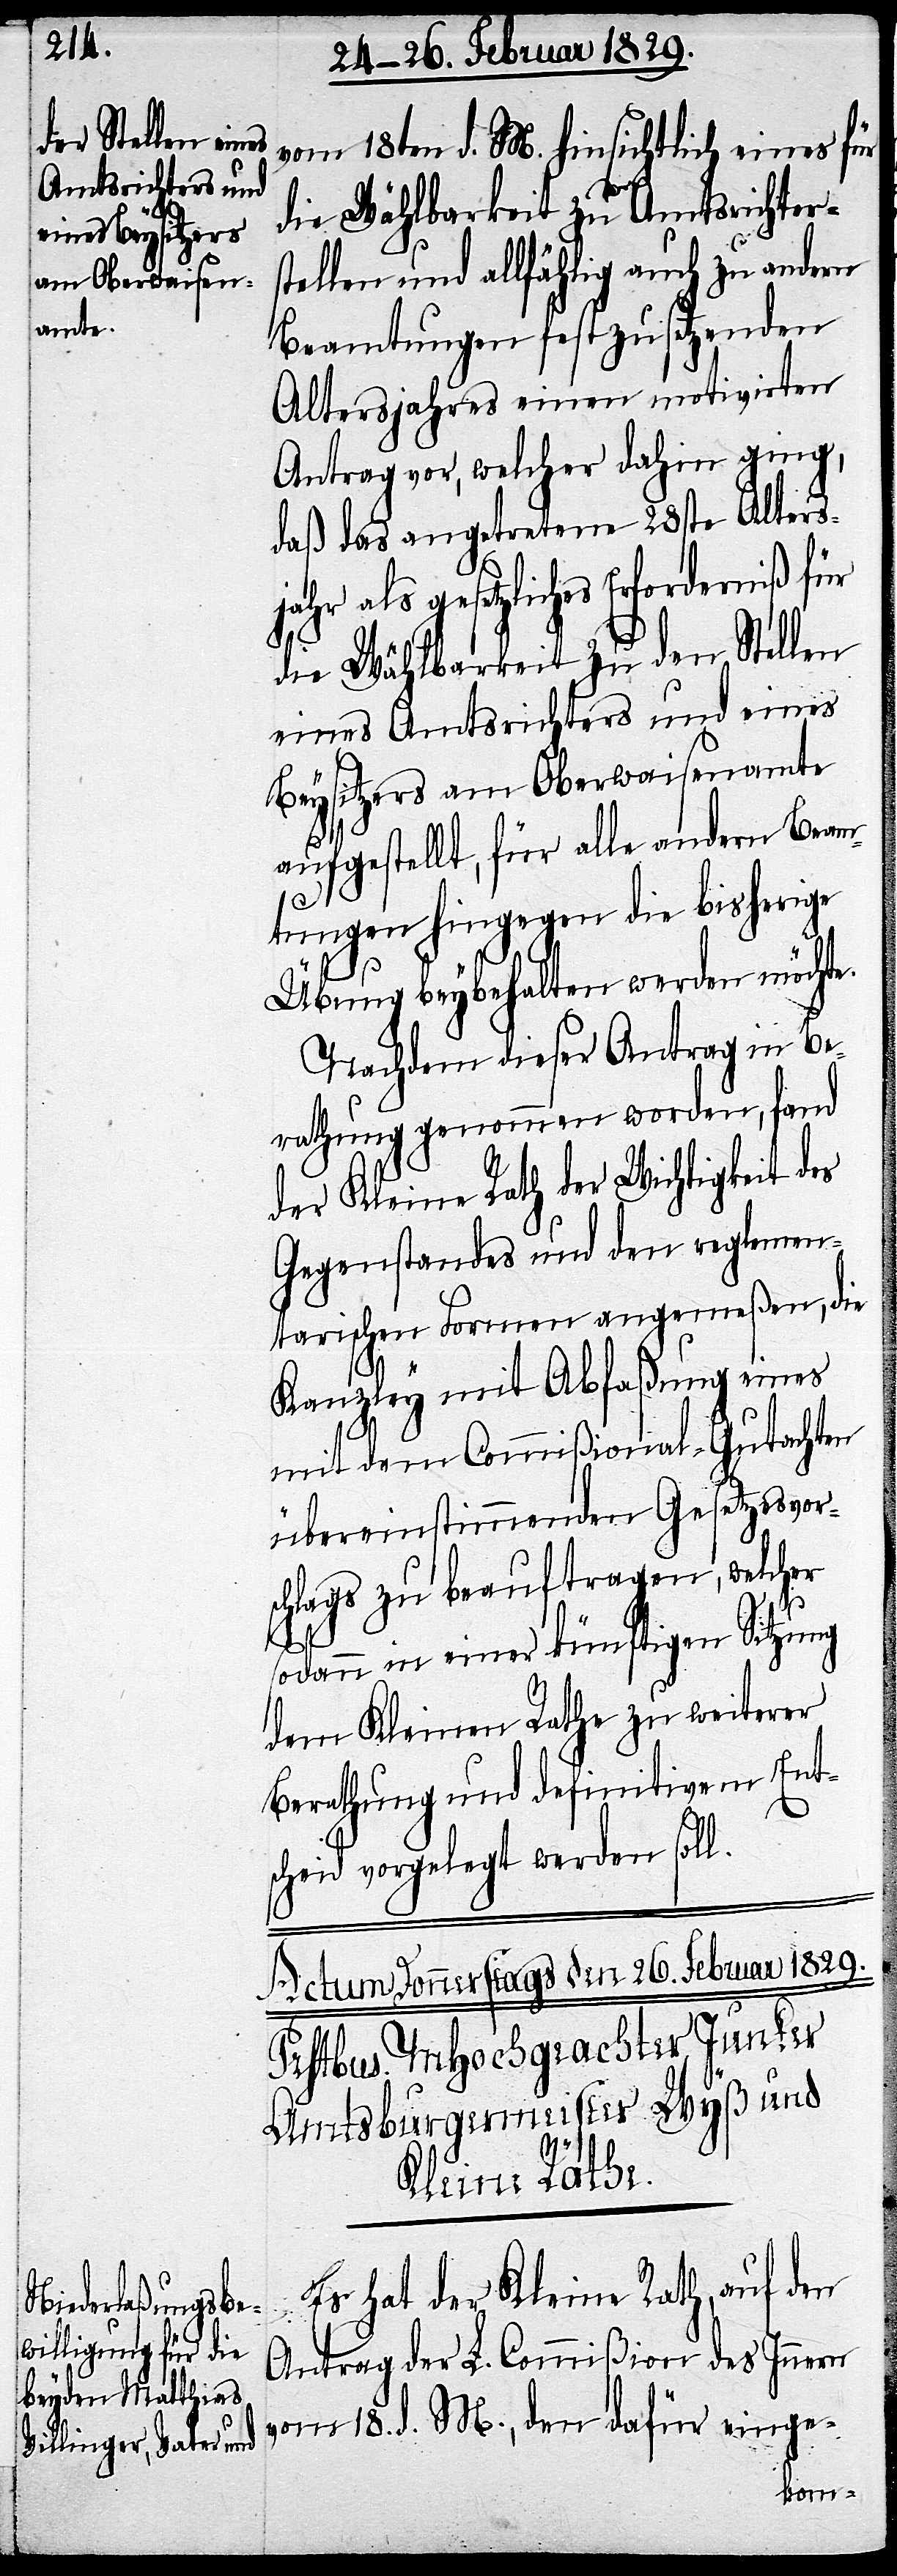
vom 18ten d. M. hinsichtlich eines für
die Wählbarkeit zu Amtsrichter¬
stellen und allfählig auch zu andern
Beamtungen festzusetzenden
Altersjahr einen motivirten
Antrag vor, welcher dahin ging,
daß das angetretene 28ste Alters¬
jahr als gesetzliches Erforderniß für
die Wählbarkeit zu den Stellen
eines Amtsrichters und eines
Beysitzers am Oberwaisenamte
aufgestellt, für alle andern Beam¬
tungen hingegeben die bisherige
Übung beybehalten werden möchte.
Nachdem dieser Antrag in Be¬
rathung genommen worden, fand
der Kleine Rath der Wichtigkeit des
Gegenstandes und den reglemen¬
tarischen Formen angemeßen, die
Kanzley mit Abfaßung eines
mit dem Commißional-Gutachten
übereinstimmenden Gesetzesvor¬
schlags zu beauftragen, welcher
sodann in einer künftigen Sitzung
dem Kleinen Rathe zu weiterer
Berathung und definitivem Ent¬
scheid vorgelegt werden soll.
der
Kleine Rath,
Antrag der L. Commißion des Innern
vom 18. d. M., den dafür einge-